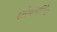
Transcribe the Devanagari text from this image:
श्लोकवार्तिके